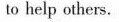
to help others.